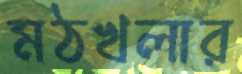
মঠখলার